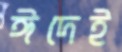
ঈদেই